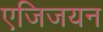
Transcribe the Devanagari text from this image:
एजिजयन